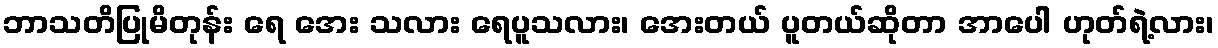
ဘာသတိပြုမိတုန်း ရေ အေး သလား ရေပူသလား၊ အေးတယ် ပူတယ်ဆိုတာ အာပေါ ဟုတ်ရဲ့လား၊